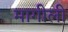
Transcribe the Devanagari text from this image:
मागीली